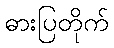
ဓားပြတိုက်